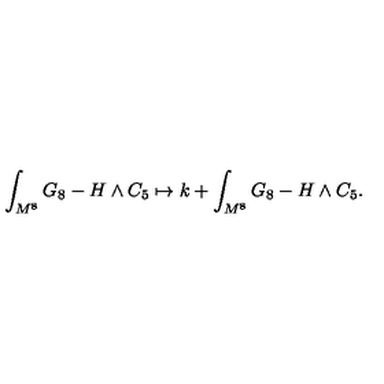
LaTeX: \int _ { M ^ { 8 } } G _ { 8 } - H \wedge C _ { 5 } \mapsto k + \int _ { M ^ { 8 } } G _ { 8 } - H \wedge C _ { 5 } .